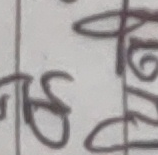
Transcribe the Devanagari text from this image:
ड्स ठ टो